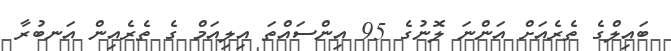
ބައިލްގެ ތެރެއަށް އަންނަ ލޮނުގެ 95 އިންސައްތަ އިލިއަމް ގެ ތެރެއިން އަނބުރާ